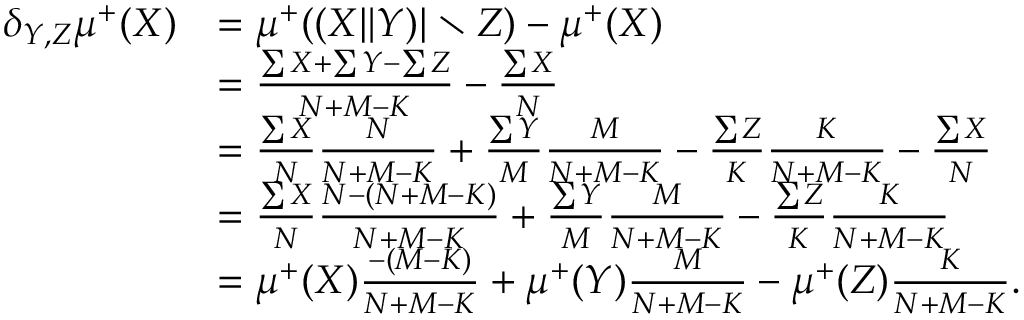
\begin{array} { r l } { \delta _ { Y , Z } \mu ^ { + } ( X ) } & { = \mu ^ { + } ( ( X \| Y ) \vert \setminus Z ) - \mu ^ { + } ( X ) } \\ & { = \frac { \sum X + \sum Y - \sum Z } { N + M - K } - \frac { \sum X } { N } } \\ & { = \frac { \sum X } { N } \frac { N } { N + M - K } + \frac { \sum Y } { M } \frac { M } { N + M - K } - \frac { \sum Z } { K } \frac { K } { N + M - K } - \frac { \sum X } { N } } \\ & { = \frac { \sum X } { N } \frac { N - ( N + M - K ) } { N + M - K } + \frac { \sum Y } { M } \frac { M } { N + M - K } - \frac { \sum Z } { K } \frac { K } { N + M - K } } \\ & { = \mu ^ { + } ( X ) \frac { - ( M - K ) } { N + M - K } + \mu ^ { + } ( Y ) \frac { M } { N + M - K } - \mu ^ { + } ( Z ) \frac { K } { N + M - K } . } \end{array}